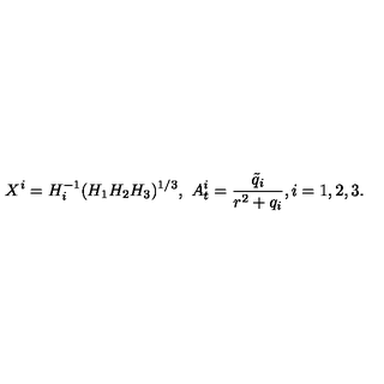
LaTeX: X ^ { i } = H _ { i } ^ { - 1 } ( H _ { 1 } H _ { 2 } H _ { 3 } ) ^ { 1 / 3 } , \ A _ { t } ^ { i } = \frac { \tilde { q } _ { i } } { r ^ { 2 } + q _ { i } } , i = 1 , 2 , 3 .